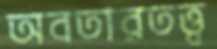
অবতারতত্ত্ব